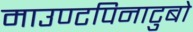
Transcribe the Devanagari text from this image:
माउण्टपिनाटुबो